Report of the Indian Hemp Drugs Commission, 1894-1895 - Volume I
Year: 1894
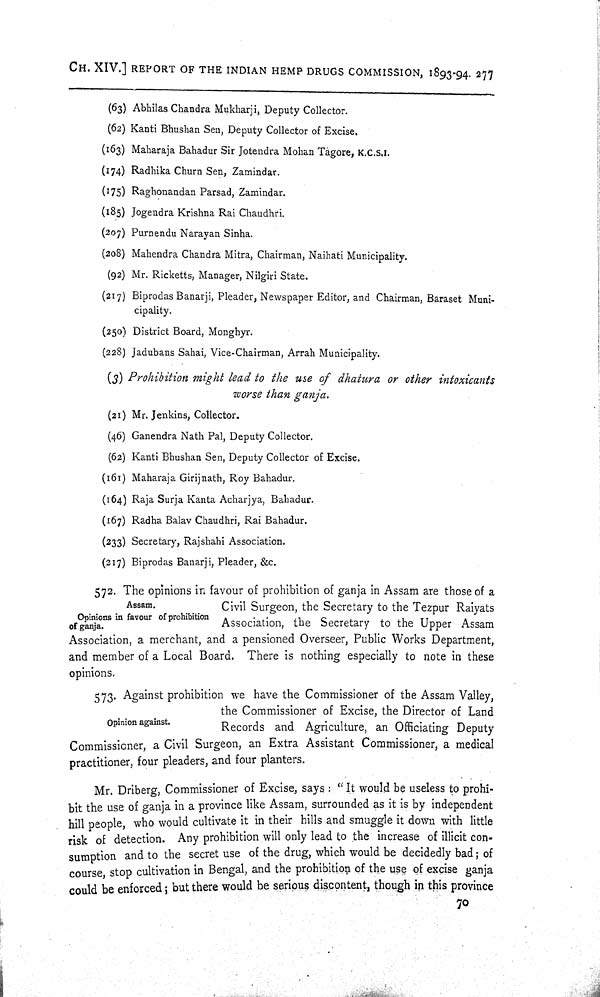
CH. XIV.] REPORT OF THE INDIAN HEMP DRUGS COMMISSION, 1893-94. 277
(63) Abhilas Chandra Mukharji, Deputy Collector.
(62) Kanti Bhushan Sen, Deputy Collector of Excise.
(163) Maharaja Bahadur Sir Jotendra Mohan Tagore, K.C.S.I.
(174) Radhika Churn Sen, Zamindar.
(175) Raghonandan Parsad, Zamindar.
(185) Jogendra Krishna Rai Chaudhri.
(207) Purnendu Narayan Sinha.
(208) Mahendra Chandra Mitra, Chairman, Naihati Municipality.
(92) Mr. Ricketts, Manager, Nilgiri State.
(217) Biprodas Banarji, Pleader, Newspaper Editor, and Chairman, Baraset Muni-
cipality.
(250) District Board, Monghyr.
(228) Jadubans Sahai, Vice-Chairman, Arrah Municipality.
(3) Prohibition might lead to the use of dhatura or other intoxicants
worse than ganja.
(21) Mr. Jenkins, Collector.
(46) Ganendra Nath Pal, Deputy Collector.
(62) Kanti Bhushan Sen, Deputy Collector of Excise.
(161) Maharaja Girijnath, Roy Bahadur.
(164) Raja Surja Kanta Acharjya, Bahadur.
(167) Radha Balav Chaudhri, Rai Bahadur.
(233) Secretary, Rajshahi Association.
(217) Biprodas Banarji, Pleader, &c.
Assam.
Opinions in favour of prohibition
of ganja.
572. The opinions in favour of prohibition of ganja in Assam are those of a
Civil Surgeon, the Secretary to the Tezpur Raiyats
Association, the Secretary to the Upper Assam
Association, a merchant, and a pensioned Overseer, Public Works Department,
and member of a Local Board. There is nothing especially to note in these
opinions.
Opinion against.
573. Against prohibition we have the Commissioner of the Assam Valley,
the Commissioner of Excise, the Director of Land
Records and Agriculture, an Officiating Deputy
Commissioner, a Civil Surgeon, an Extra Assistant Commissioner, a medical
practitioner, four pleaders, and four planters.
Mr. Driberg, Commissioner of Excise, says: "It would be useless to prohi-
bit the use of ganja in a province like Assam, surrounded as it is by independent
hill people, who would cultivate it in their hills and smuggle it down with little
risk of detection. Any prohibition will only lead to the increase of illicit con-
sumption and to the secret use of the drug, which would be decidedly bad; of
course, stop cultivation in Bengal, and the prohibition of the use of excise ganja
could be enforced; but there would be serious discontent, though in this province
70